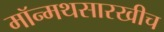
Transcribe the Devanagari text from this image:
मॉन्मथसारखीच